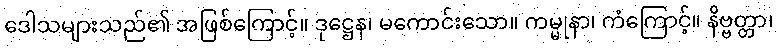
ဒေါသများသည်၏ အဖြစ်ကြောင့်။ ဒုဋ္ဌေန၊ မကောင်းသော။ ကမ္မုနာ၊ ကံကြောင့်။ နိဗ္ဗတ္တာ၊